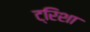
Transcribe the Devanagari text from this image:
ट्रिशा